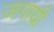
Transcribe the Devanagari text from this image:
जगायी